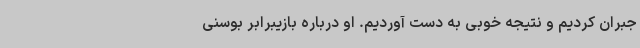
جبران کردیم و نتیجه خوبی به دست آوردیم. او درباره بازیبرابر بوسنی